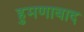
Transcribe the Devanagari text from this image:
हुमणाबाद